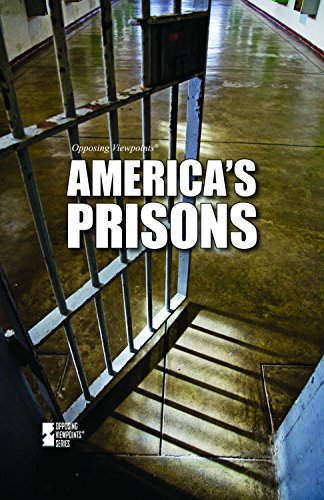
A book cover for Americas Prisons (Opposing Viewpoints); Teen & Young Adult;